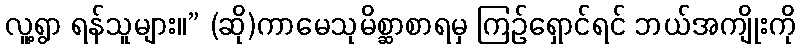
လူ့ရွာ ရန်သူများ။” (ဆို)ကာမေသုမိစ္ဆာစာရမှ ကြဉ်ရှောင်ရင် ဘယ်အကျိုးကို